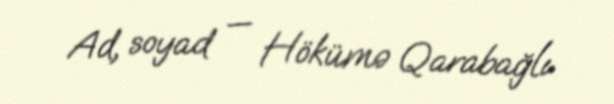
Ad, soyad — Hökümə Qarabağlı